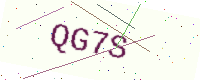
Text: QG7S